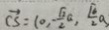
\overrightarrow { C S } = ( 0 , - \frac { \sqrt { 2 } } { 2 } a , \frac { \sqrt { 6 } } { 2 } a